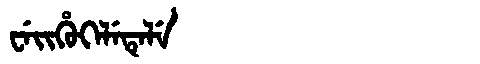
Manchu: ᠸᡝᡳᡥᡠᡴᡝᠯᡝᡨᡝᠯᡝ
Romanization: WEIHUKELETELE